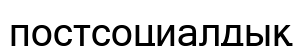
постсоциалдық